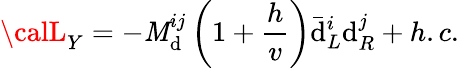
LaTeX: {\calL}_{Y}=-\mathit{M}_{\mathrm{d}}^{ij}\left(1+\frac{{h}}{{v}}\right)\bar{{\mathrm{d}}}_{L}^{i}\mathrm{d}_{R}^{j}+h.c.